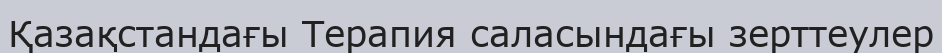
Қазақстандағы Терапия саласындағы зерттеулер